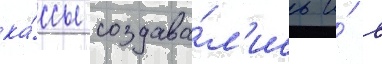
ка́ссы создава́л'ись и́ в